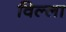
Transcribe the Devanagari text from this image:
विल्‍ला